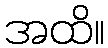
အထိ။